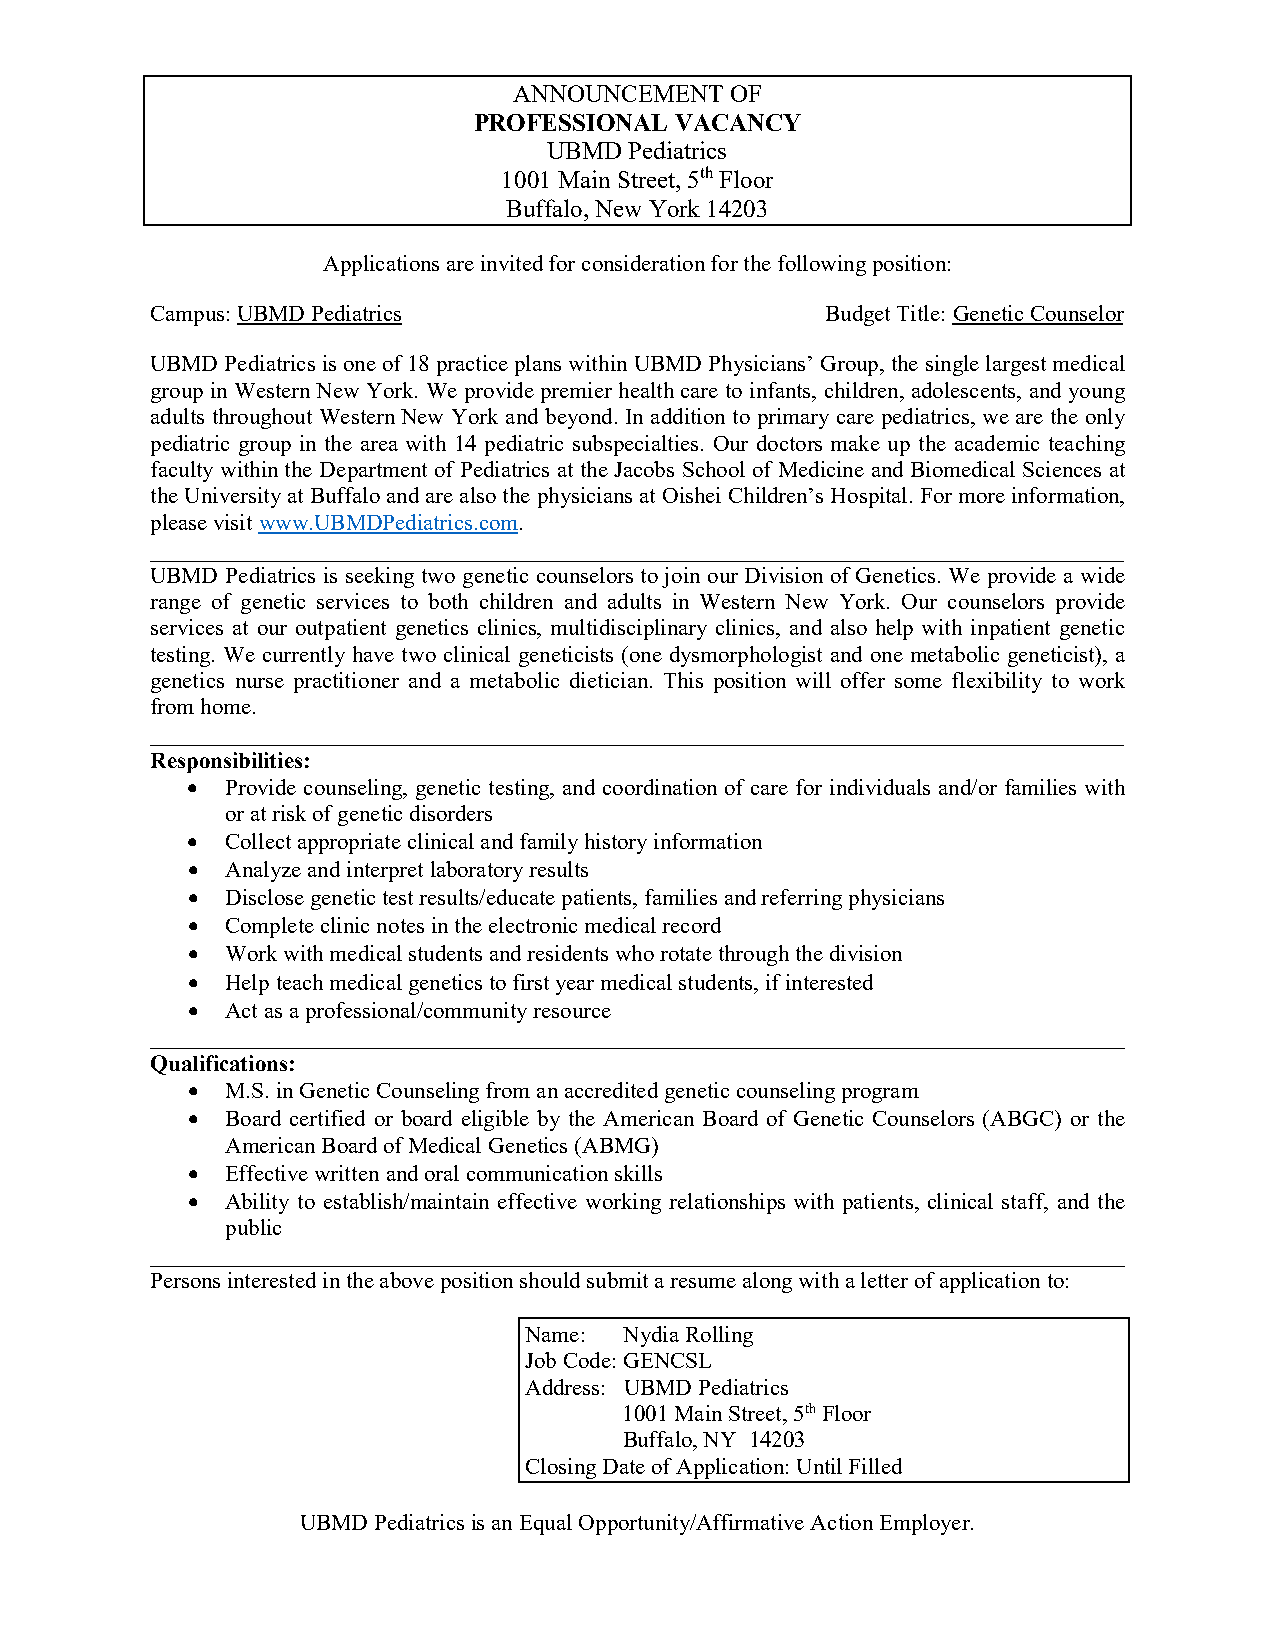
ANNOUNCEMENT  OF
 PROFESSIONAL  VACANCY
 UBMD  Pediatrics
 1001 Main Street, 5th Floor
 Buffalo, New York 14203
 Applications are invited for consideration for the following position:
 Campus: UBMD Pediatrics                      Budget Title: Genetic Counselor
 UBMD Pediatrics is one of 18 practice plans within UBMD Physicians’ Group, the single largest medical
 group in Western New York. We provide premier health care to infants, children, adolescents, and young
 adults throughout Western New York and beyond. In addition to primary care pediatrics, we are the only
 pediatric group in the area with 14 pediatric subspecialties. Our doctors make up the academic teaching
 faculty within the Department of Pediatrics at the Jacobs School of Medicine and Biomedical Sciences at
 the University at Buffalo and are also the physicians at Oishei Children’s Hospital. For more information,
 please visit www.UBMDPediatrics.com.
 _____________________________________________________________________________________
 UBMD Pediatrics is seeking two genetic counselors to join our Division of Genetics. We provide a wide
 range of genetic services to both children and adults in Western New York. Our counselors provide
 services at our outpatient genetics clinics, multidisciplinary clinics, and also help with inpatient genetic
 testing. We currently have two clinical geneticists (one dysmorphologist and one metabolic geneticist), a
 genetics nurse practitioner and a metabolic dietician. This position will offer some flexibility to work
 from home.
 _____________________________________________________________________________________
 Responsibilities:
 •  Provide counseling, genetic testing, and coordination of care for individuals and/or families with
 or at risk of genetic disorders
 •  Collect appropriate clinical and family history information
 •  Analyze and interpret laboratory results
 •  Disclose genetic test results/educate patients, families and referring physicians
 •  Complete clinic notes in the electronic medical record
 •  Work with medical students and residents who rotate through the division
 •  Help teach medical genetics to first year medical students, if interested
 •  Act as a professional/community resource
 _____________________________________________________________________________________
 Qualifications:
 •  M.S. in Genetic Counseling from an accredited genetic counseling program
 •  Board certified or board eligible by the American Board of Genetic Counselors (ABGC) or the
 American Board of Medical Genetics (ABMG)
 •  Effective written and oral communication skills
 •  Ability to establish/maintain effective working relationships with patients, clinical staff, and the
 public
 _____________________________________________________________________________________
 Persons interested in the above position should submit a resume along with a letter of application to:
 Name: Nydia Rolling
 Job Code: GENCSL
 Address: UBMD Pediatrics
 1001 Main Street, 5th Floor
 Buffalo, NY 14203
 Closing Date of Application: Until Filled
 UBMD Pediatrics is an Equal Opportunity/Affirmative Action Employer.